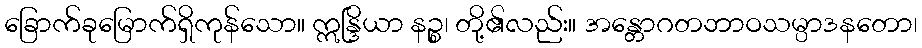
ခြောက်ခုမြောက်ရှိကုန်သော။ ဣန္ဒြိယာ နဉ္စ၊ တို့၏လည်း။ အန္တောဂတဘာဝသမ္ပာဒနတော၊